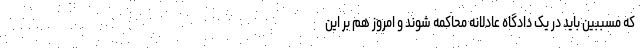
که مسببین باید در یک دادگاه عادلانه محاکمه شوند و امروز هم بر این